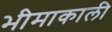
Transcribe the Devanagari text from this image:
भीमाकाली